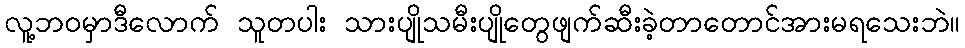
လူ့ဘဝမှာဒီလောက် သူတပါး သားပျိုသမီးပျိုတွေဖျက်ဆီးခဲ့တာတောင်အားမရသေးဘဲ။